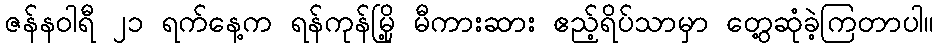
ဇန်နဝါရီ ၂၁ ရက်နေ့က ရန်ကုန်မြို့ မီကားဆား ဧည့်ရိပ်သာမှာ တွေ့ဆုံခဲ့ကြတာပါ။